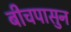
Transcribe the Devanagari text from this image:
बीचपासुन